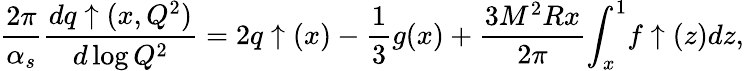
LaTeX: \frac{2\pi}{\alpha_{s}}\frac{dq\uparrow(x,Q^{2})}{d\log Q^{2}}=2q\uparrow(x)-\frac{1}{3}g(x)+\frac{3M^{2}Rx}{2\pi}{\int}_{x}^{1}f\uparrow(z)dz,